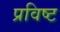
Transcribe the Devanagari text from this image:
प्रविष्‍ट